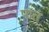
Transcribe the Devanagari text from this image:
पातं